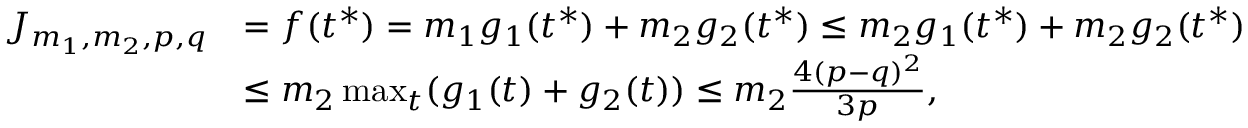
\begin{array} { r l } { J _ { m _ { 1 } , m _ { 2 } , p , q } } & { = f ( t ^ { * } ) = m _ { 1 } g _ { 1 } ( t ^ { * } ) + m _ { 2 } g _ { 2 } ( t ^ { * } ) \leq m _ { 2 } g _ { 1 } ( t ^ { * } ) + m _ { 2 } g _ { 2 } ( t ^ { * } ) } \\ & { \leq m _ { 2 } \operatorname* { m a x } _ { t } ( g _ { 1 } ( t ) + g _ { 2 } ( t ) ) \leq m _ { 2 } \frac { 4 ( p - q ) ^ { 2 } } { 3 p } , } \end{array}